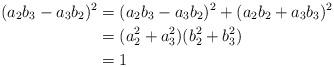
LaTeX: \begin{align*}(a_2 b_3 - a_3 b_2)^2 &= (a_2 b_3 - a_3 b_2)^2 + (a_2 b_2 + a_3 b_3)^2 \\&= (a_2^2 + a_3^2)(b_2^2 + b_3^2) \\&= 1\end{align*}